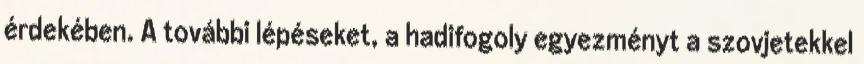
érdekében. A további lépéseket, a hadifogoly egyezményt a szovjetekkel